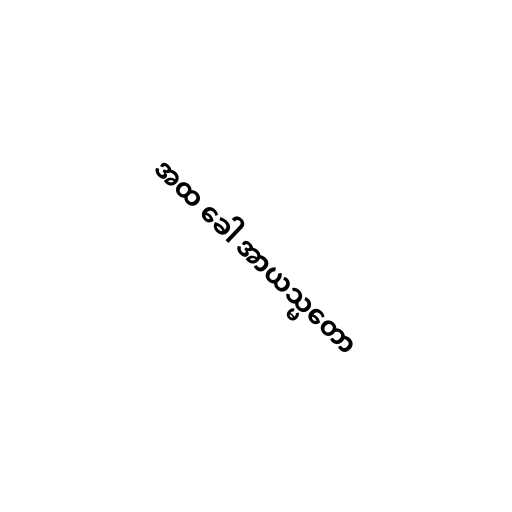
အထ ခေါ အာယသ္မတော